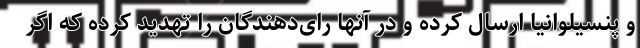
و پنسیلوانیا ارسال کرده و در آنها رای‌دهندگان را تهدید کرده که اگر